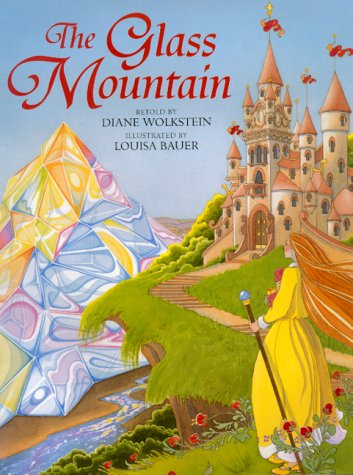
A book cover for The Glass Mountain; Diane Wolkstein; Children's Books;